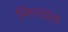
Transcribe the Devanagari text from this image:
फिरवाल